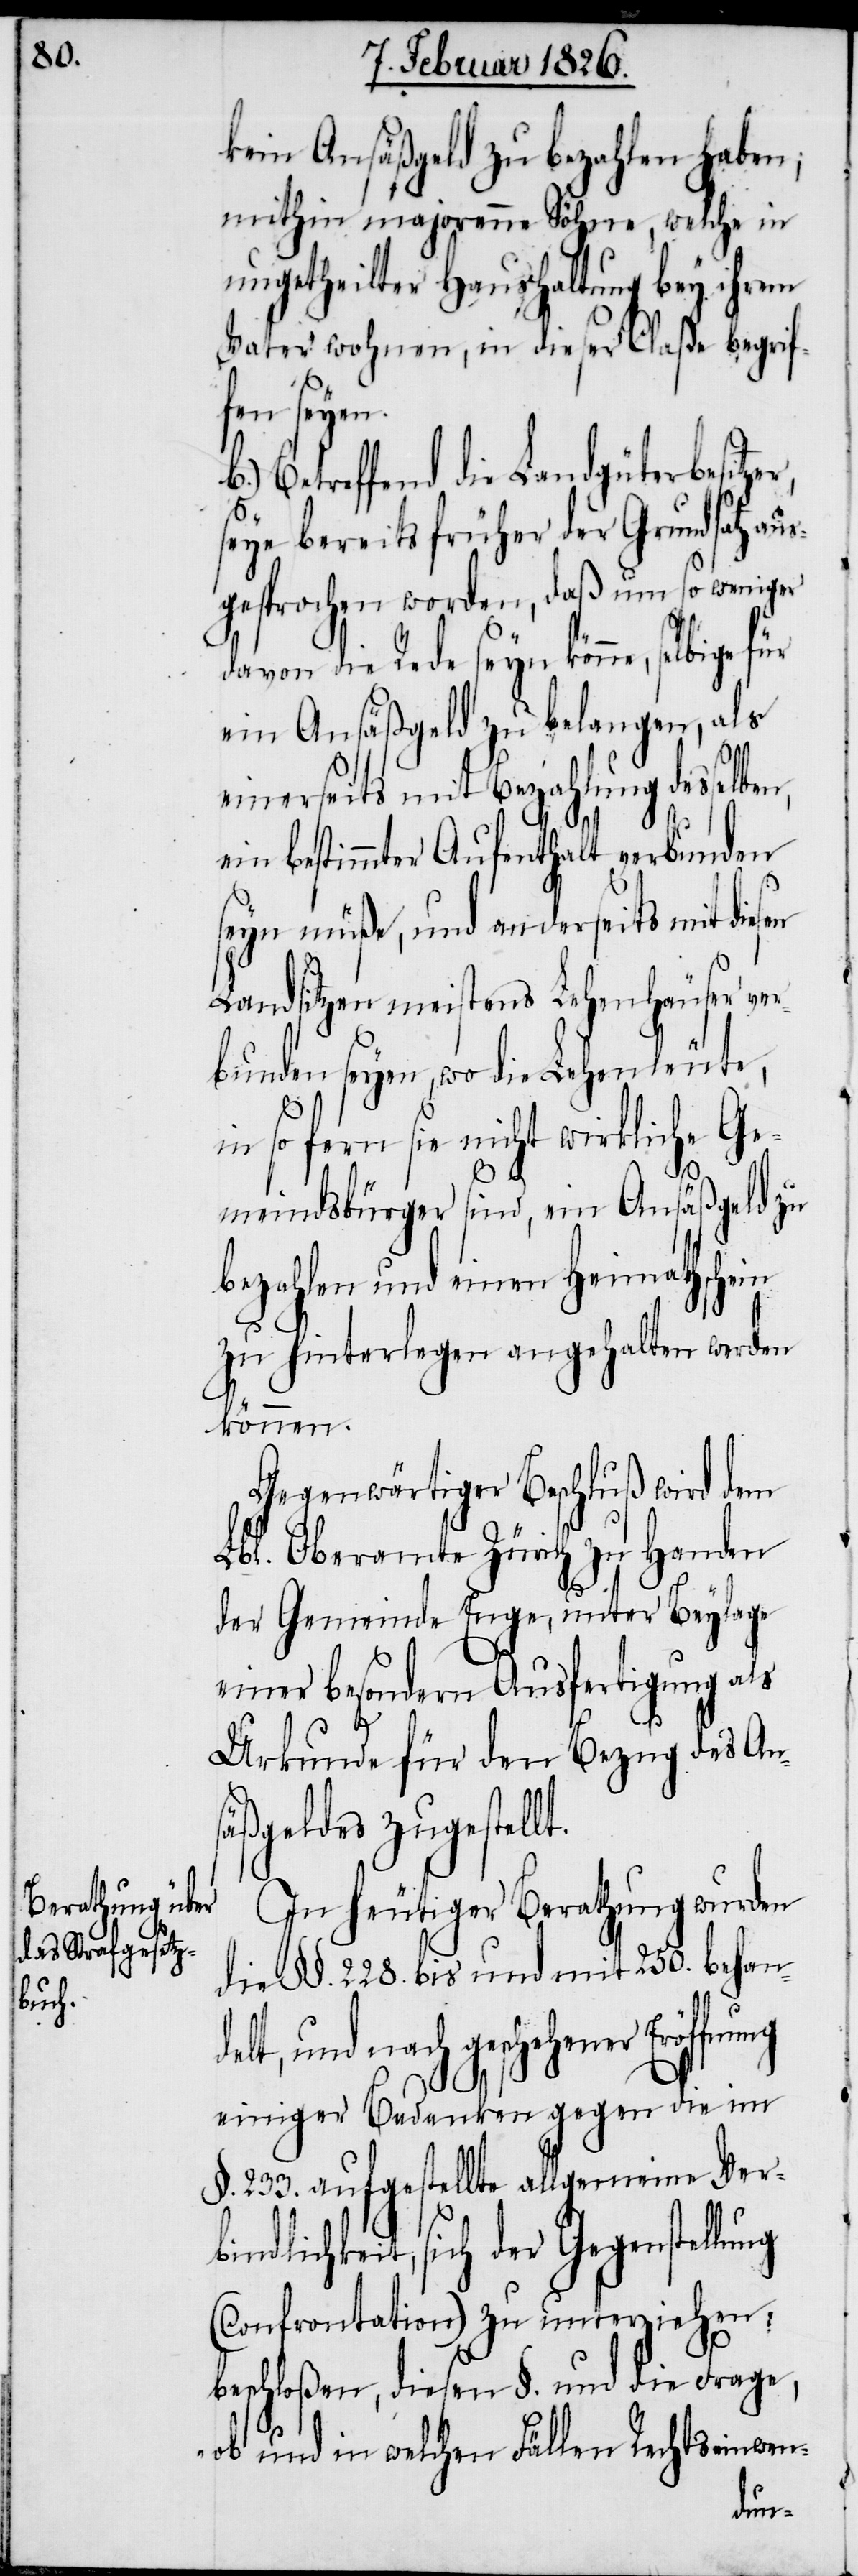
kein Ansäßgeld zu bezahlen haben;
mithin majorenne Söhne, welche in
ungetheilter Haushaltung bey ihrem
Vater wohnen, in dieser Claße begrif¬
fen seyen.
Betreffend die Landgüterbesitze¬
seye bereits früher der Grundsatz au¬
sgesprochen worden, daß um so weniger
davon die Rede seyn könne, selbige
ein Ansäßgeld zu belangen, als
r,
b.)
einerseits mit Bezahlung desse¬
ein bestimmter Aufenthalt verbunden
seyn müße, und anderseits mit
Landsitzen meistens Lehenhäuser ver¬
bunden seyen, wo die Lehenleute,
so fern sie nicht wirkliche Ge¬
meindsbürger sind, ein Ansäßgeld zu
bezahlen und einen Heimathschein
zu hinterlegen angehalten werden
können.
Gegenwärtiger Beschluß wird dem
Lbl. Oberamte Zürich zu Handen
der Gemeinde Enge, unter Beylage
einer besondern Ausfertigung als
Urkunde für den Bezug des Ans¬
äßgeldes zugestellt.
In heutiger Berathung wurden
die §§. 228. bis und mit 250. behand¬
elt, und nach geschehener Eröff¬
einiger Bedenken gegen die im
§. 233. aufgestellte allgemeine Ver¬
bindlichkeit, sich der Gegenstellung
(Confrontation) zu unterziehen,
beschloßen, diesen §. und die Frage,
„ob und in welchen Fällen Rechtseinwen-
nung